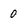
Character: 0